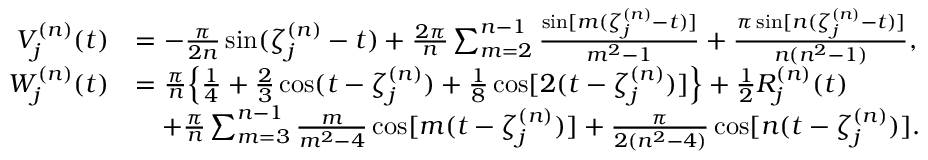
\begin{array} { r l } { V _ { j } ^ { ( n ) } ( t ) } & { = - \frac { \pi } { 2 n } \sin ( \zeta _ { j } ^ { ( n ) } - t ) + \frac { 2 \pi } { n } \sum _ { m = 2 } ^ { n - 1 } \frac { \sin [ m ( \zeta _ { j } ^ { ( n ) } - t ) ] } { m ^ { 2 } - 1 } + \frac { \pi \sin [ n ( \zeta _ { j } ^ { ( n ) } - t ) ] } { n ( n ^ { 2 } - 1 ) } , } \\ { W _ { j } ^ { ( n ) } ( t ) } & { = \frac { \pi } { n } \Big \{ \frac { 1 } { 4 } + \frac { 2 } { 3 } \cos ( t - \zeta _ { j } ^ { ( n ) } ) + \frac { 1 } { 8 } \cos [ 2 ( t - \zeta _ { j } ^ { ( n ) } ) ] \Big \} + \frac { 1 } { 2 } R _ { j } ^ { ( n ) } ( t ) } \\ & { \quad + \frac { \pi } { n } \sum _ { m = 3 } ^ { n - 1 } \frac { m } { m ^ { 2 } - 4 } \cos [ m ( t - \zeta _ { j } ^ { ( n ) } ) ] + \frac { \pi } { 2 ( n ^ { 2 } - 4 ) } \cos [ n ( t - \zeta _ { j } ^ { ( n ) } ) ] . } \end{array}